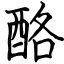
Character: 酪